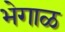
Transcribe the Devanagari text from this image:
भेगाळ